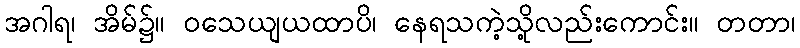
အဂါရ၊ အိမ်၌။ ဝသေယျယထာပိ၊ နေရသကဲ့သို့လည်းကောင်း။ တတာ၊